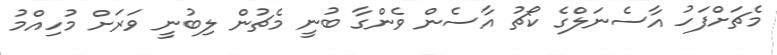
މެޗަށްފަހު އާސެނަލްގެ ކޯޗު އާސެން ވެންގާ ބުނީ މެޗުން ލިބުނީ ވަރަށް މުހިއްމު